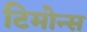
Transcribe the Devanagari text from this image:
टिमोन्स